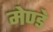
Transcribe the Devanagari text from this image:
मेण्डे